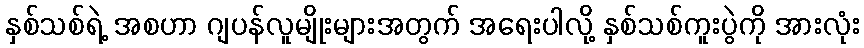
နှစ်သစ်ရဲ့ အစဟာ ဂျပန်လူမျိုးများအတွက် အရေးပါလို့ နှစ်သစ်ကူးပွဲကို အားလုံး